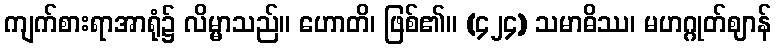
ကျက်စားရာအာရုံ၌ လိမ္မာသည်။ ဟောတိ၊ ဖြစ်၏။ (၄၂၄) သမာဓိဿ၊ မဟဂ္ဂုတ်ဈာန်